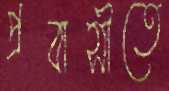
প্রবাসীতে